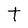
Character: T